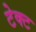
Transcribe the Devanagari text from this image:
टेक्ट